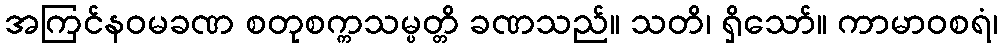
အကြင်နဝမခဏ စတုစက္ကသမ္ပတ္တိ ခဏသည်။ သတိ၊ ရှိသော်။ ကာမာဝစရံ၊